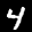
Label: 4